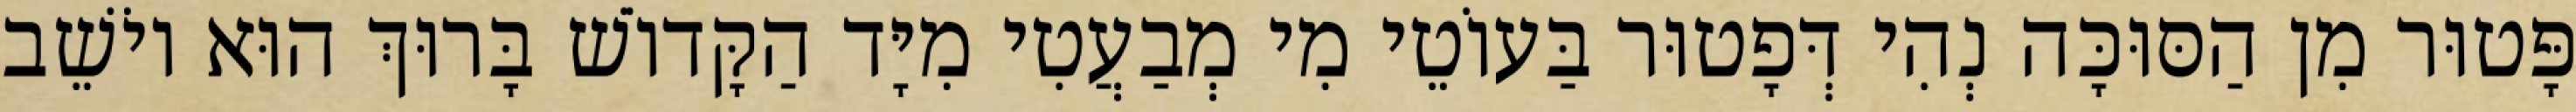
פָּטוּר מִן הַסּוּכָּה נְהִי דְּפָטוּר בַּעוֹטֵי מִי מְבַעֲטִי מִיָּד הַקָּדוֹשׁ בָּרוּךְ הוּא יוֹשֵׁב